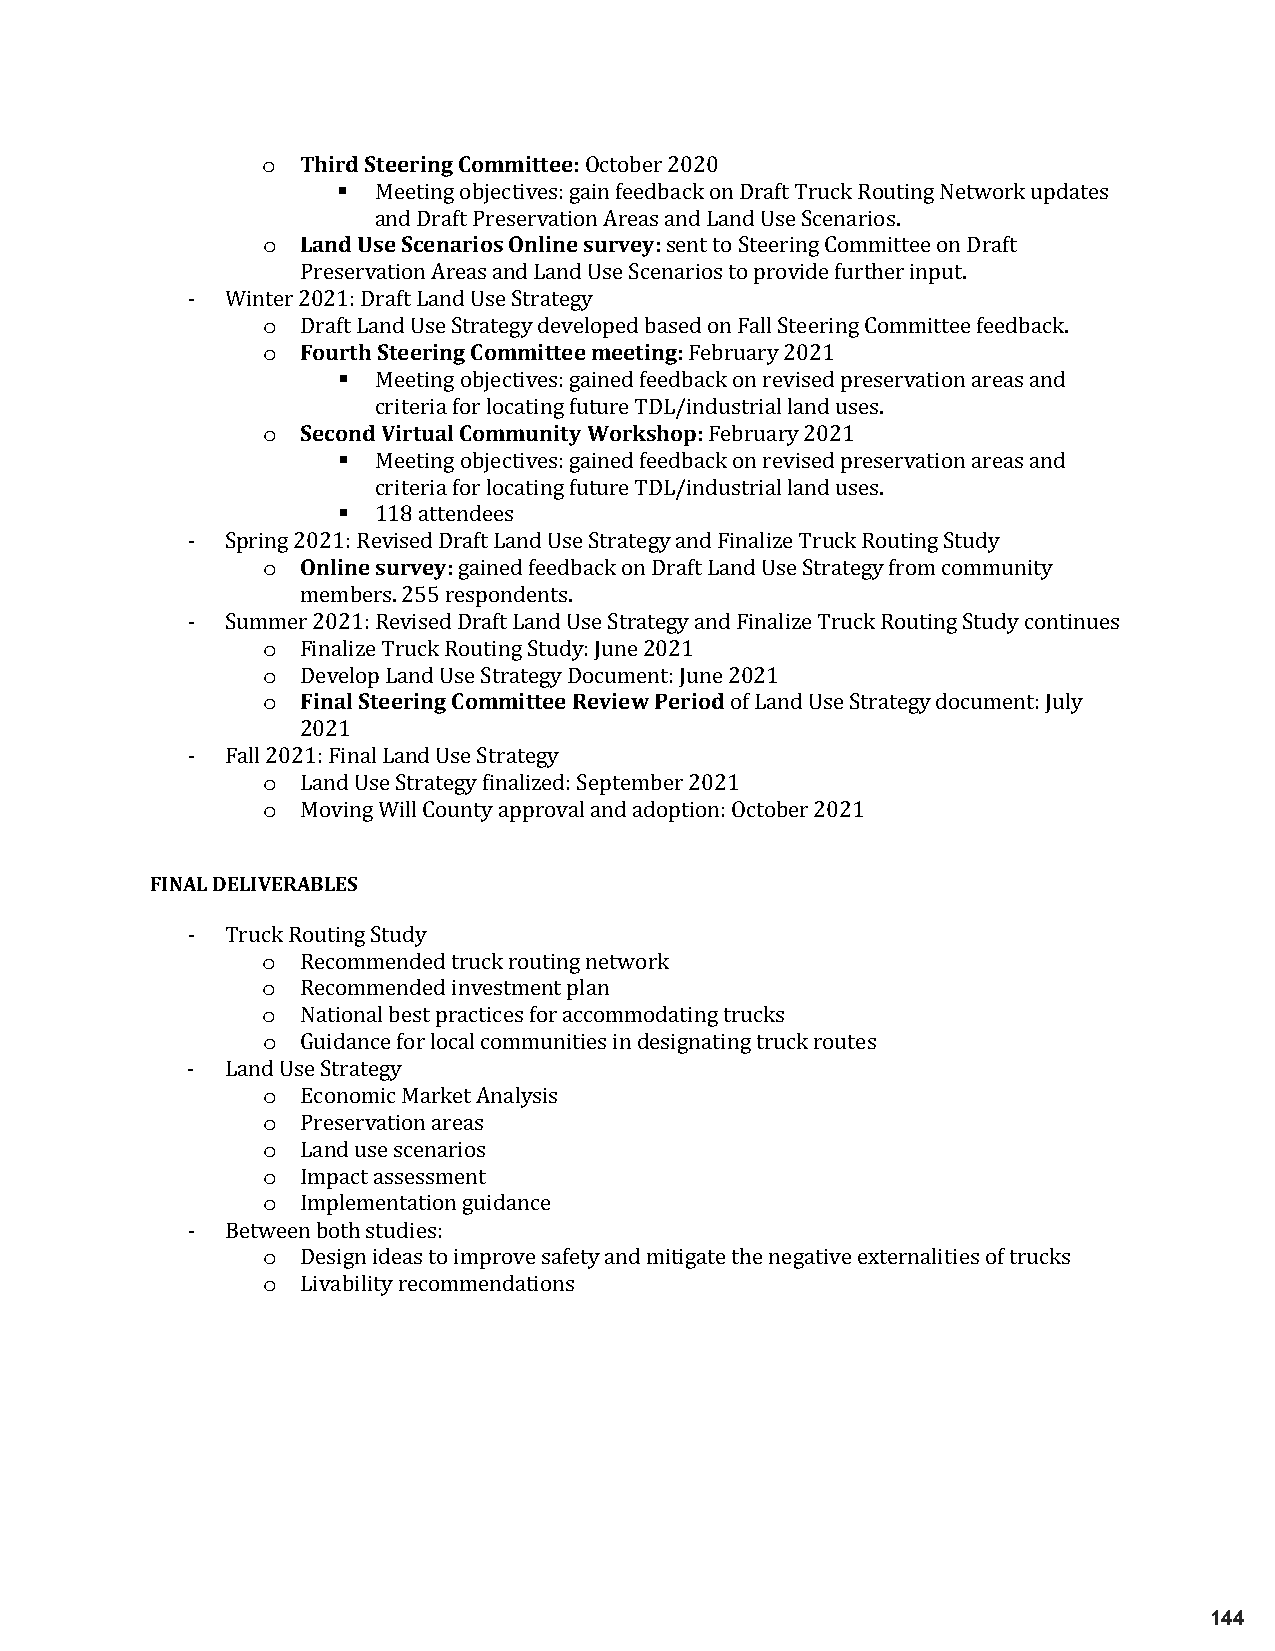
Third Steering Committee:
 o
 
 October 2020
 Land UsMee Secteinnga orbiojesc Otinvelisn: eg asiunr fveeeyd:back on Draft Truck Routing Network updates
 o
 and Draft Preservation Areas and Land Use Scenarios.
 sent to Steering Committee on Draft
 Preservation Areas and Land Use Scenarios to provide further input.
 o
 -  Winte r 2F0o2u1r:t hD rSatfete Lrainndg UCosem Smtriattteegey m eeting:
 o
 Draft Land Use Strategy developed based on Fall Steering Committee feedback.
 February 2021
 SecondM Veirettuinagl Cobojmecmtivuensi:t gya Winoerdk fsehedobpa:ck on revised preservation areas and
 o
   criteria for locating future TDL/industrial land uses.
 February 2021
   Meeting objectives: gained feedback on revised preservation areas and
 criteria for locating future TDL/industrial land uses.
 Online 1su1r8v aetyte:ndees
 o
 -  Spring 2021: Revised Draft Land Use Strategy and Finalize Truck Routing Study
 gained feedback on Draft Land Use Strategy from community
 members. 255 respondents.
 o
 -  Summ er 2021: Revised Draft Land Use Strategy and Finalize Truck Routing Study continues
 o
 FFiinnaalli zSet eTerruicnkg R Cooumtimngi tStteued Ry:e Jvuineew 2 P0e2r1i od
 o
 Develop Land Use Strategy Document: June 2021
 of Land Use Strategy document: July
 2021
 o
 -  Fall 2 021: Final Land Use Strategy
 o
 Land Use Strategy finalized: September 2021
 Moving Will County approval and adoption: October 2021
 FINAL DELIVERABLES
 o
 -  Truck Routing Study
 o
 Recommended truck routing network
 o
 Recommended investment plan
 o
 National best practices for accommodating trucks
 Guidance for local communities in designating truck routes
 o
 -  Land Use Strategy
 o
 Economic Market Analysis
 o
 Preservation areas
 o
 Land use scenarios
 o
 Impact assessment
 Implementation guidance
 o
 -  Betwe en both studies:
 o
 Design ideas to improve safety and mitigate the negative externalities of trucks
 Livability recommendations
 144